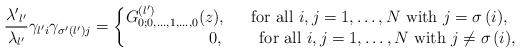
LaTeX: \begin{align*}\frac{{\lambda'}_{l'}}{\lambda_{l'}}\gamma_{l'i} \gamma_{\sigma'\left(l'\right)j} =\left\{ \begin{matrix} G^{\left(l'\right)}_{0;0, \dots,1,\dots, 0}(z),&\mbox{ for all $i,j=1,\dots,N$ with $j= \sigma\left(i\right) $,} \\ \quad\quad\quad\quad\quad0,&\quad\mbox{ for all $i,j=1,\dots,N$ with $j\neq \sigma\left(i\right) $,} \end{matrix} \right.\end{align*}